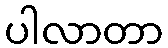
ပါလာတာ